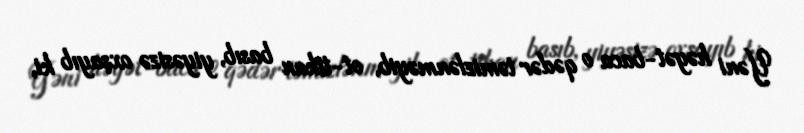
Yəni həyət-baca o qədər təmizlənməyib, ot-tikan basıb, yiyəsizə oxşayıb ki,